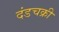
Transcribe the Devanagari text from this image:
दंडचक्री